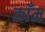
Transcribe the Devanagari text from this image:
काँम